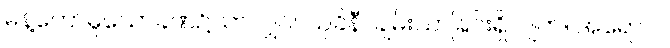
မိန့်တော်မူသောခဏ၌သာလျှင်။ သုခိနီ၊ ချမ်းသာခြင်းရှိလျက်။ အရောဂါ၊